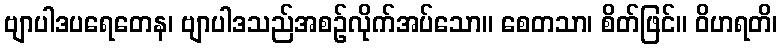
ဗျာပါဒပရေတေန၊ ဗျာပါဒသည်အစဉ်လိုက်အပ်သော။ စေတသာ၊ စိတ်ဖြင်။ ဝိဟရတိ၊